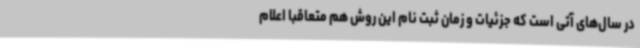
در سال‌های آتی است که جزئیات و زمان ثبت نام این روش هم متعاقبا اعلام